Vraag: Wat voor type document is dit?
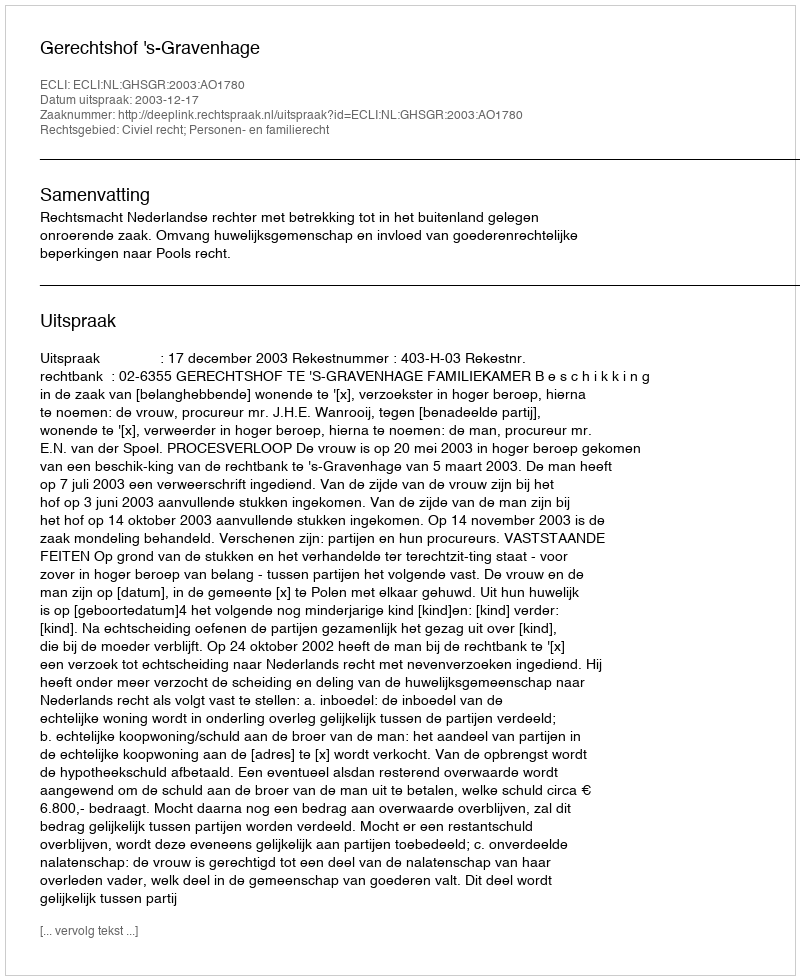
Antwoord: Uitspraak